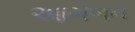
આગળન